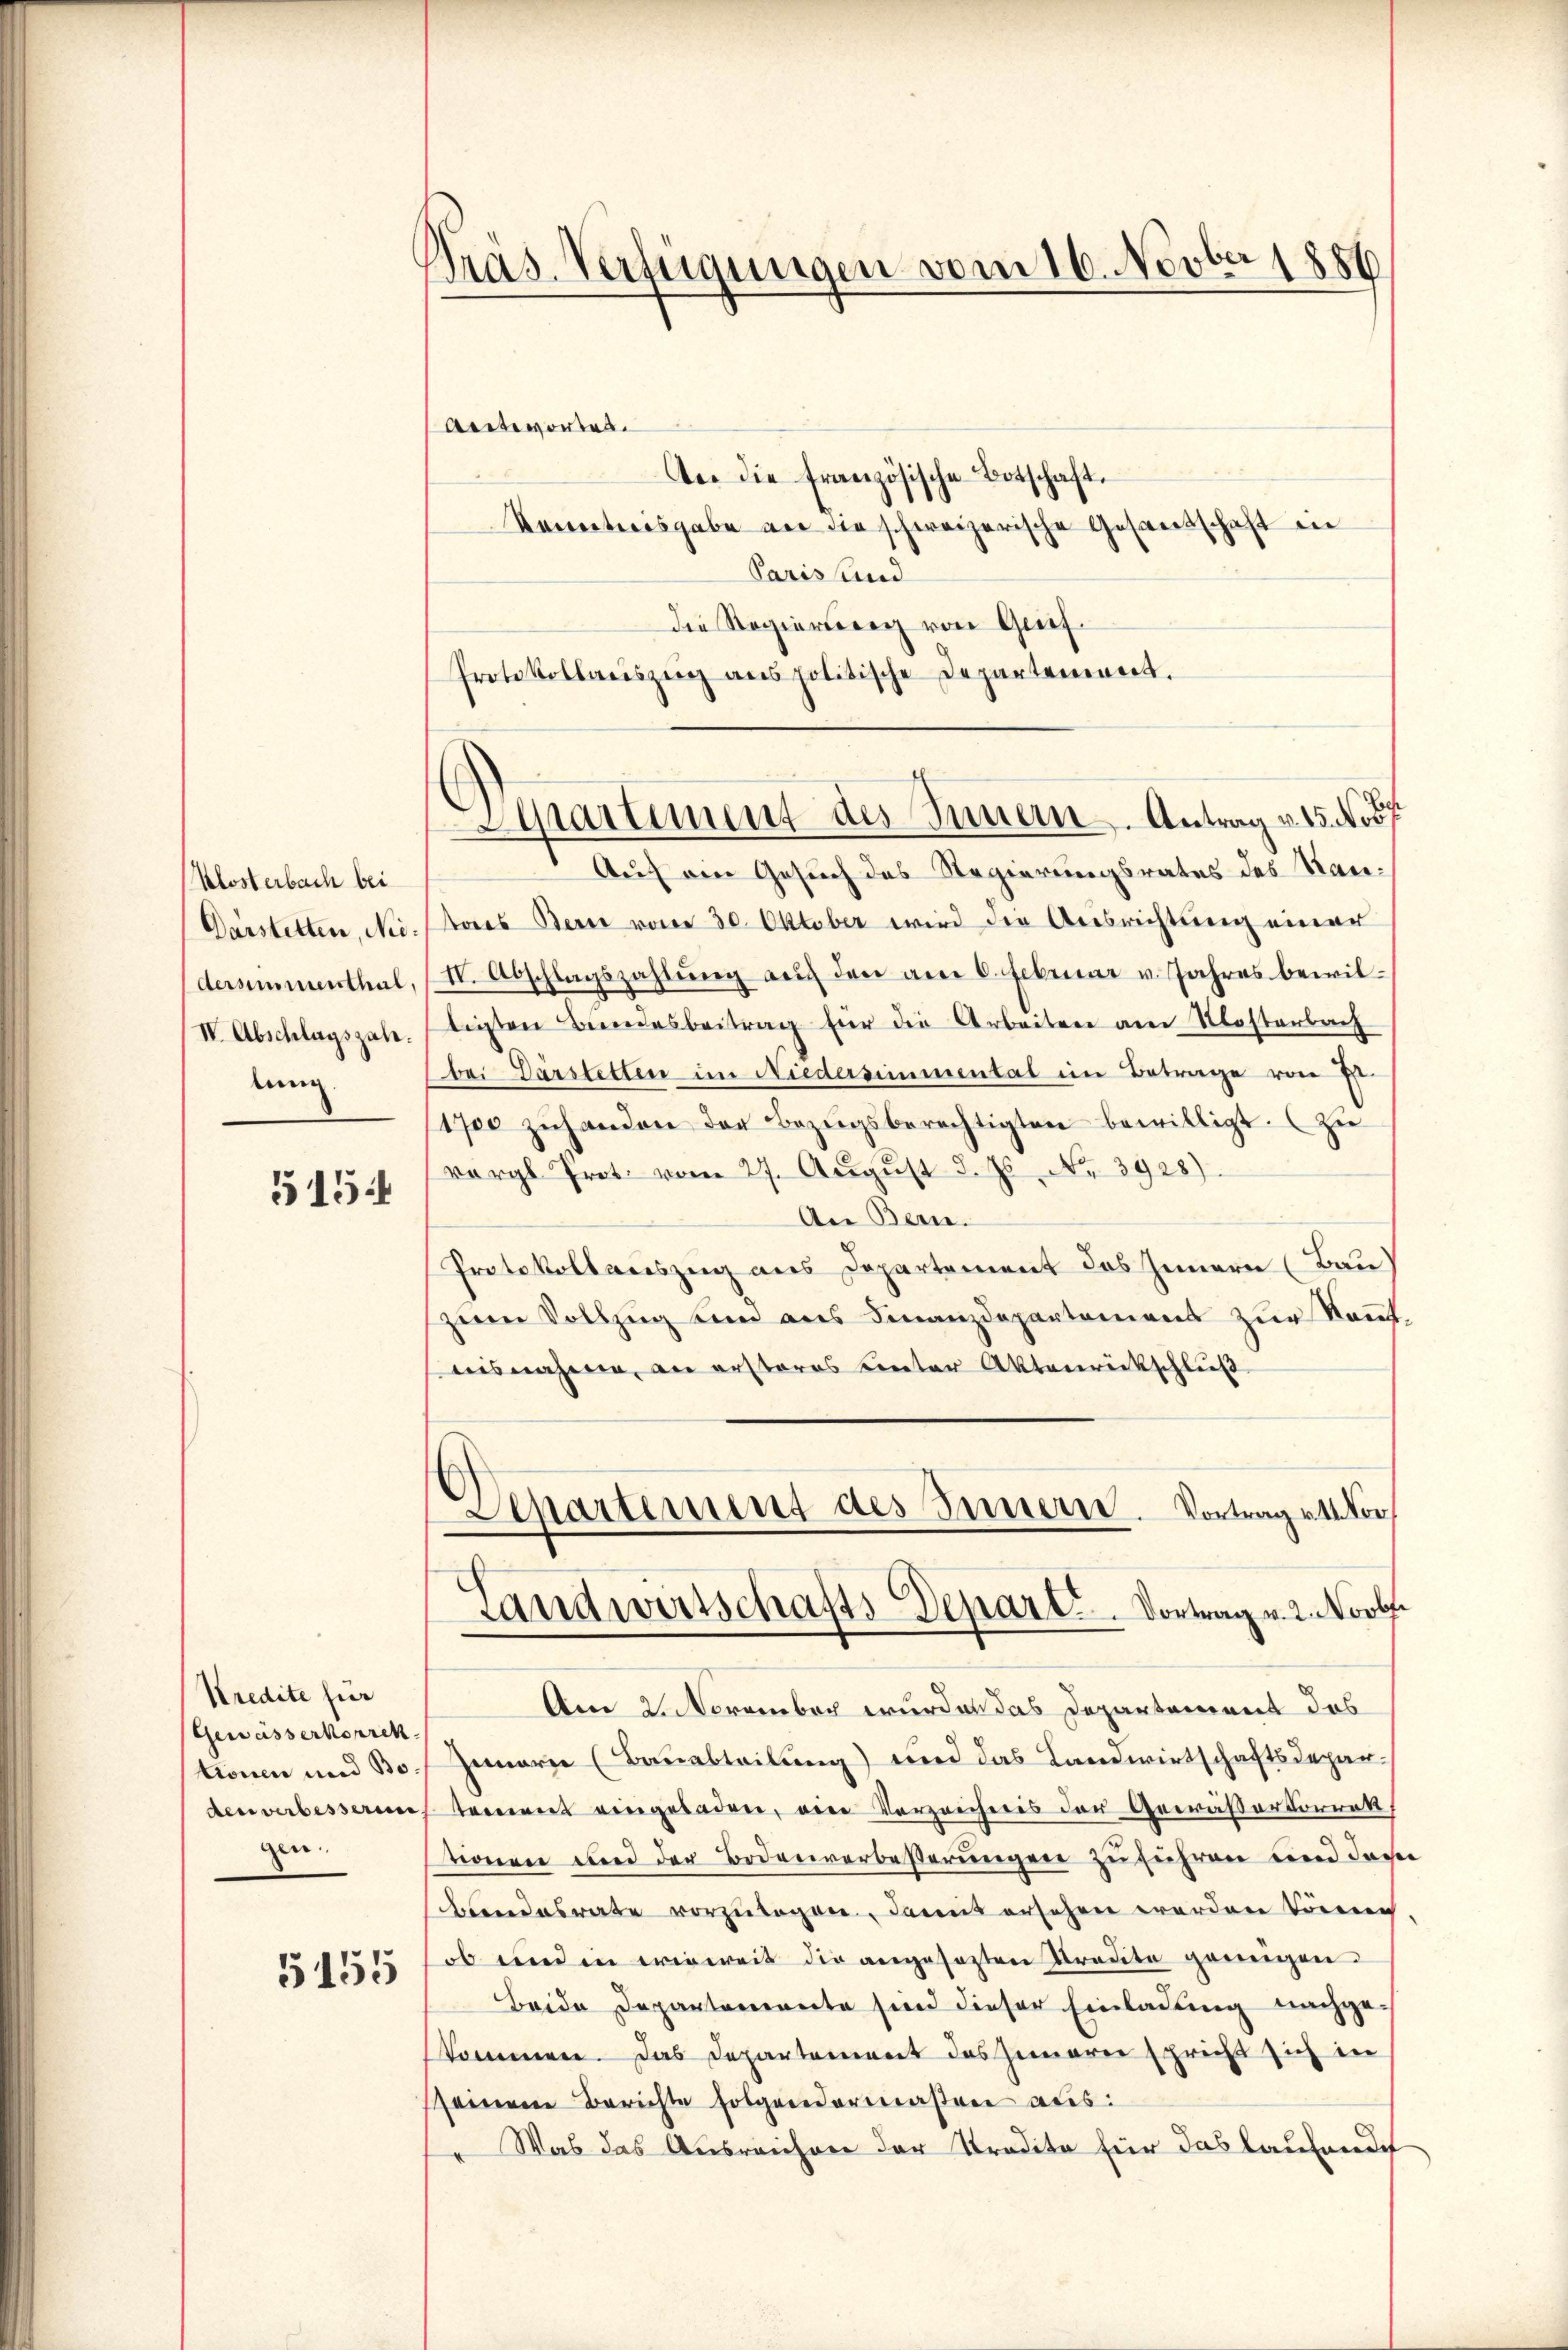
Klosterbach bei
Darstetten, Niedersimmenthal,
IV. Abschlagszah.
lung

515:

Kredite für
Gewässerkorrek
tionen und Boden verbesserun
gen.

5155

Präs. Verfügungen vom 16. Novber 1856

Apartiment des Innern. Antrag v. 15. Nov

Antworten.
Aer die französische Botschaft.
Kenntnisgabe an die schweizerische Gesandschaft in
Paris und
Die Regierung von Gref
Protokollauszug aus politische Departement.
Auf ein Gesuch des Regierungsrates des Rautores Berei vom 30. Oktober wird die Ausrichtung einer
II. Abschlagszahlŭng auf den am 6. Februar v. Jahres bewiltigten Bundesbeitrag für die Arbeiten am Mosterbach
bei Darstetten im Niedersimmental im Betrage von Ehr
1700 zŭhanden der Bezŭgsberechtigten bewilligt. Zu
vergl. Prot. vom 27. August d. Js. No 3928)
An Bern.
Protokollauszug aus Departement des Innern (Bau
zum Vollzug sind aus Finanzdepartement zur Kennt
aisnahme, an ersteres Linter Aktenrückschluß
)
d
Separtement des Innern. Vortrag u. 11. Vor
Landwirtschafts Depart. Vortrag v. 2. Novb
Am 2. November wurden das Departement das
Iunarie (Bauabteilung) und das Landwirtschaftsdepartement eingeladen, ein Verzeichnis der Gewäßerkorrekt
tionen und der Bodenverbeßerŭngen zŭ führen und das
Aendesrate vorzŭlagen, damit ersehen werden könne
ob und in wieweit die angesezten Tradite genügen.
Beide Departemente sind dieser Einladung nachgekommen. Das Departement des Innere spricht sich in
seinem Berichte folgenderterasren aus:
 Was das Ausreichen der Tradita für das laufende